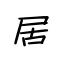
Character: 居